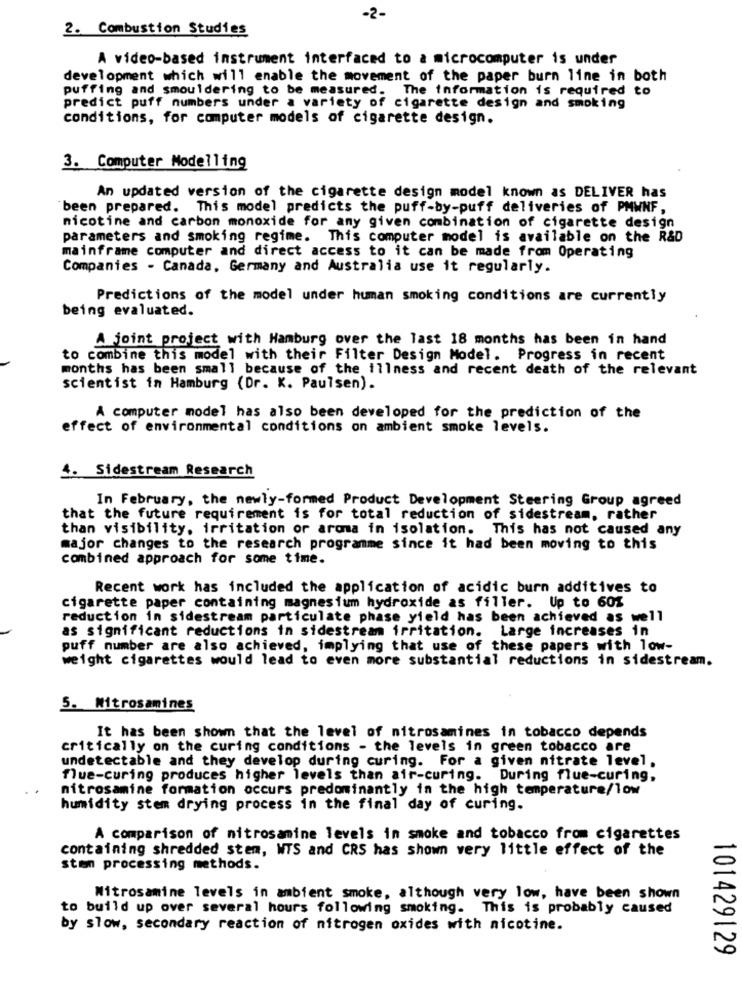
-2-
2. Combustion Studies
A video-based instrument interfaced to a microcomputer is under
development which will enable the movement of the paper burn line in both
puffing and smouldering to be measured. The information is required to
predict puff numbers under a variety of cigarette design and smoking
conditions, for computer models of cigarette design.
3. Computer Modelling
An updated version of the cigarette design model known as DELIVER has
been prepared. This model predicts the puff-by-puff deliveries of PMWNF,
nicotine and carbon monoxide for any given combination of cigarette design
parameters and smoking regime. This computer model is available on the R&D
mainframe computer and direct access to it can be made from Operating
Companies - Canada, Germany and Australia use it regularly.
Predictions of the model under human smoking conditions are currently
being evaluated.
A joint project with Hamburg over the last 18 months has been in hand
to combine this model with their Filter Design Model. Progress in recent
months has been small because of the illness and recent death of the relevant
scientist in Hamburg (Dr. K. Paulsen).
A computer model has also been developed for the prediction of the
effect of environmental conditions on ambient smoke levels.
4. Sidestream Research
In February, the newly-formed Product Development Steering Group agreed
that the future requirement is for total reduction of sidestream, rather
than visibility, irritation or aroma in isolation. This has not caused any
major changes to the research programme since it had been moving to this
combined approach for some time.
Recent work has included the application of acidic burn additives to
cigarette paper containing magnesium hydroxide as filler. Up to 60%
reduction in sidestream particulate phase yield has been achieved as well
as significant reductions in sidestream irritation. Large increases in
puff number are also achieved, implying that use of these papers with low-
weight cigarettes would lead to even more substantial reductions in sidestream.
5. Mitrosamines
It has been shown that the level of nitrosamines in tobacco depends
critically on the curing conditions - the levels in green tobacco are
undetectable and they develop during curing. For a given nitrate level,
flue-curing produces higher levels than air-curing. During flue-curing,
nitrosamine formation occurs predominantly in the high temperature/low
humidity stem drying process in the final day of curing.
A comparison of nitrosamine levels in smoke and tobacco from cigarettes
containing shredded stem, WTS and CRS has shown very little effect of the
ston processing methods.
Mitrosamine levels in ambient smoke, although very low, have been shown
to build up over several hours following smoking. This is probably caused
by slow, secondary reaction of nitrogen oxides with nicotine.
101429129